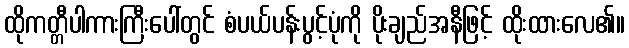
ထိုကတ္တီပါကားကြီးပေါ်တွင် စံပယ်ပန်းပွင့်ပုံကို ပိုးချည်အနီဖြင့် ထိုးထားလေ၏။